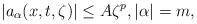
LaTeX: \begin{align*}|a_\alpha (x, t, \zeta)| \le A \zeta^p,|\alpha| = m,\end{align*}